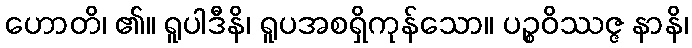
ဟောတိ၊ ၏။ ရူပါဒီနိ၊ ရူပအစရှိကုန်သော။ ပဉ္စဝိဿဇ္ဇ နာနိ၊